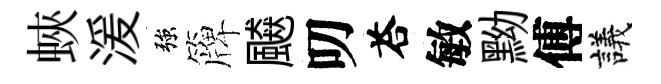
蛺湲強簰飇叨荅敏黝傅議